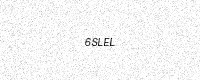
Text: 6SLEL